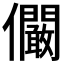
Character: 𠑨